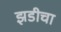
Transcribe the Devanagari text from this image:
झडीचा